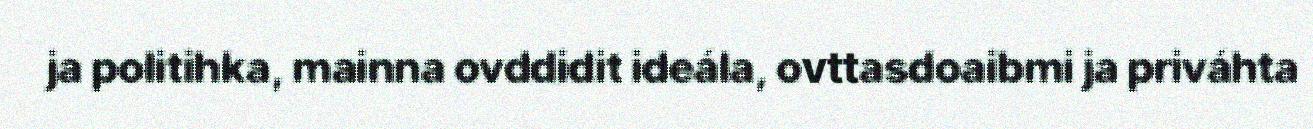
ja politihka, mainna ovddidit ideála, ovttasdoaibmi ja priváhta